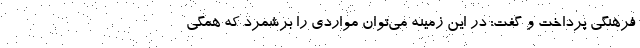
فرهنگی پرداخت و گفت: در این زمینه می‌توان مواردی را برشمرد که همگی